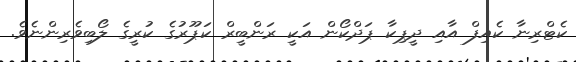
ކެޓްރިނާ ކެއިފް އާއި ދީޕިކާ ޕަދްކޯން އަކީ ރަންބީރް ކަޕޫރުގެ ކުރީގެ ލޯބިވެރިންނެވެ.